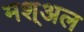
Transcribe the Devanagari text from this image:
मश्अल